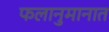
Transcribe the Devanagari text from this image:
फलानुमानात